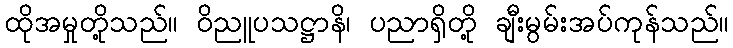
ထိုအမှုတို့သည်။ ဝိညူပသဋ္ဌာနိ၊ ပညာရှိတို့ ချီးမွမ်းအပ်ကုန်သည်။